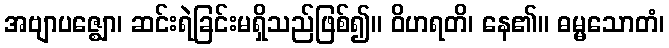
အဗျာပဇ္ဈော၊ ဆင်းရဲခြင်းမရှိသည်ဖြစ်၍။ ဝိဟရတိ၊ နေ၏။ ဓမ္မသောတံ၊